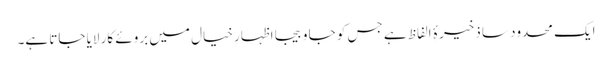
ایک محدود سا ذخیرۂِ الفاظ ہے جس کو جا و بیجا اظہارِ خیال میں بروئے کار لایا جاتا ہے۔